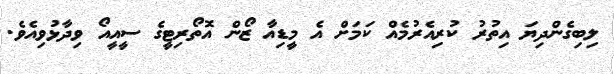
ލިބިގެންދިޔަ އިތުރު ކުރިއެރުމެއް ކަމަށް އެ މީޑިއާ ޒޯން އޮތޯރިޓީގެ ސީއީއޯ ވިދާޅުވިއެވެ.